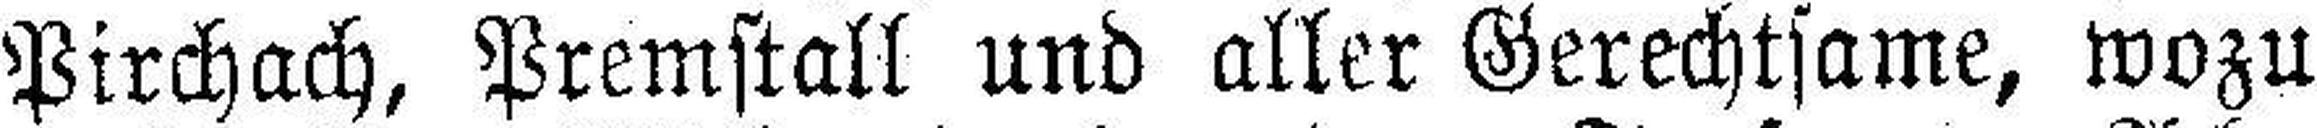
Pirchach, Premstall und aller Gerechtsame, wozu